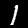
Label: 1